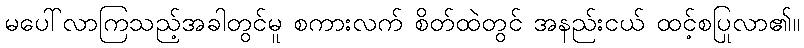
မပေါ်လာကြသည့်အခါတွင်မူ စကားလက် စိတ်ထဲတွင် အနည်းငယ် ထင့်စပြုလာ၏။